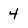
Character: 4